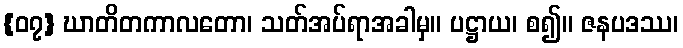
{၀၇} ဃာတိတကာလတော၊ သတ်အပ်ရာအခါမှ။ ပဋ္ဌာယ၊ စ၍။ ဇနပဒဿ၊